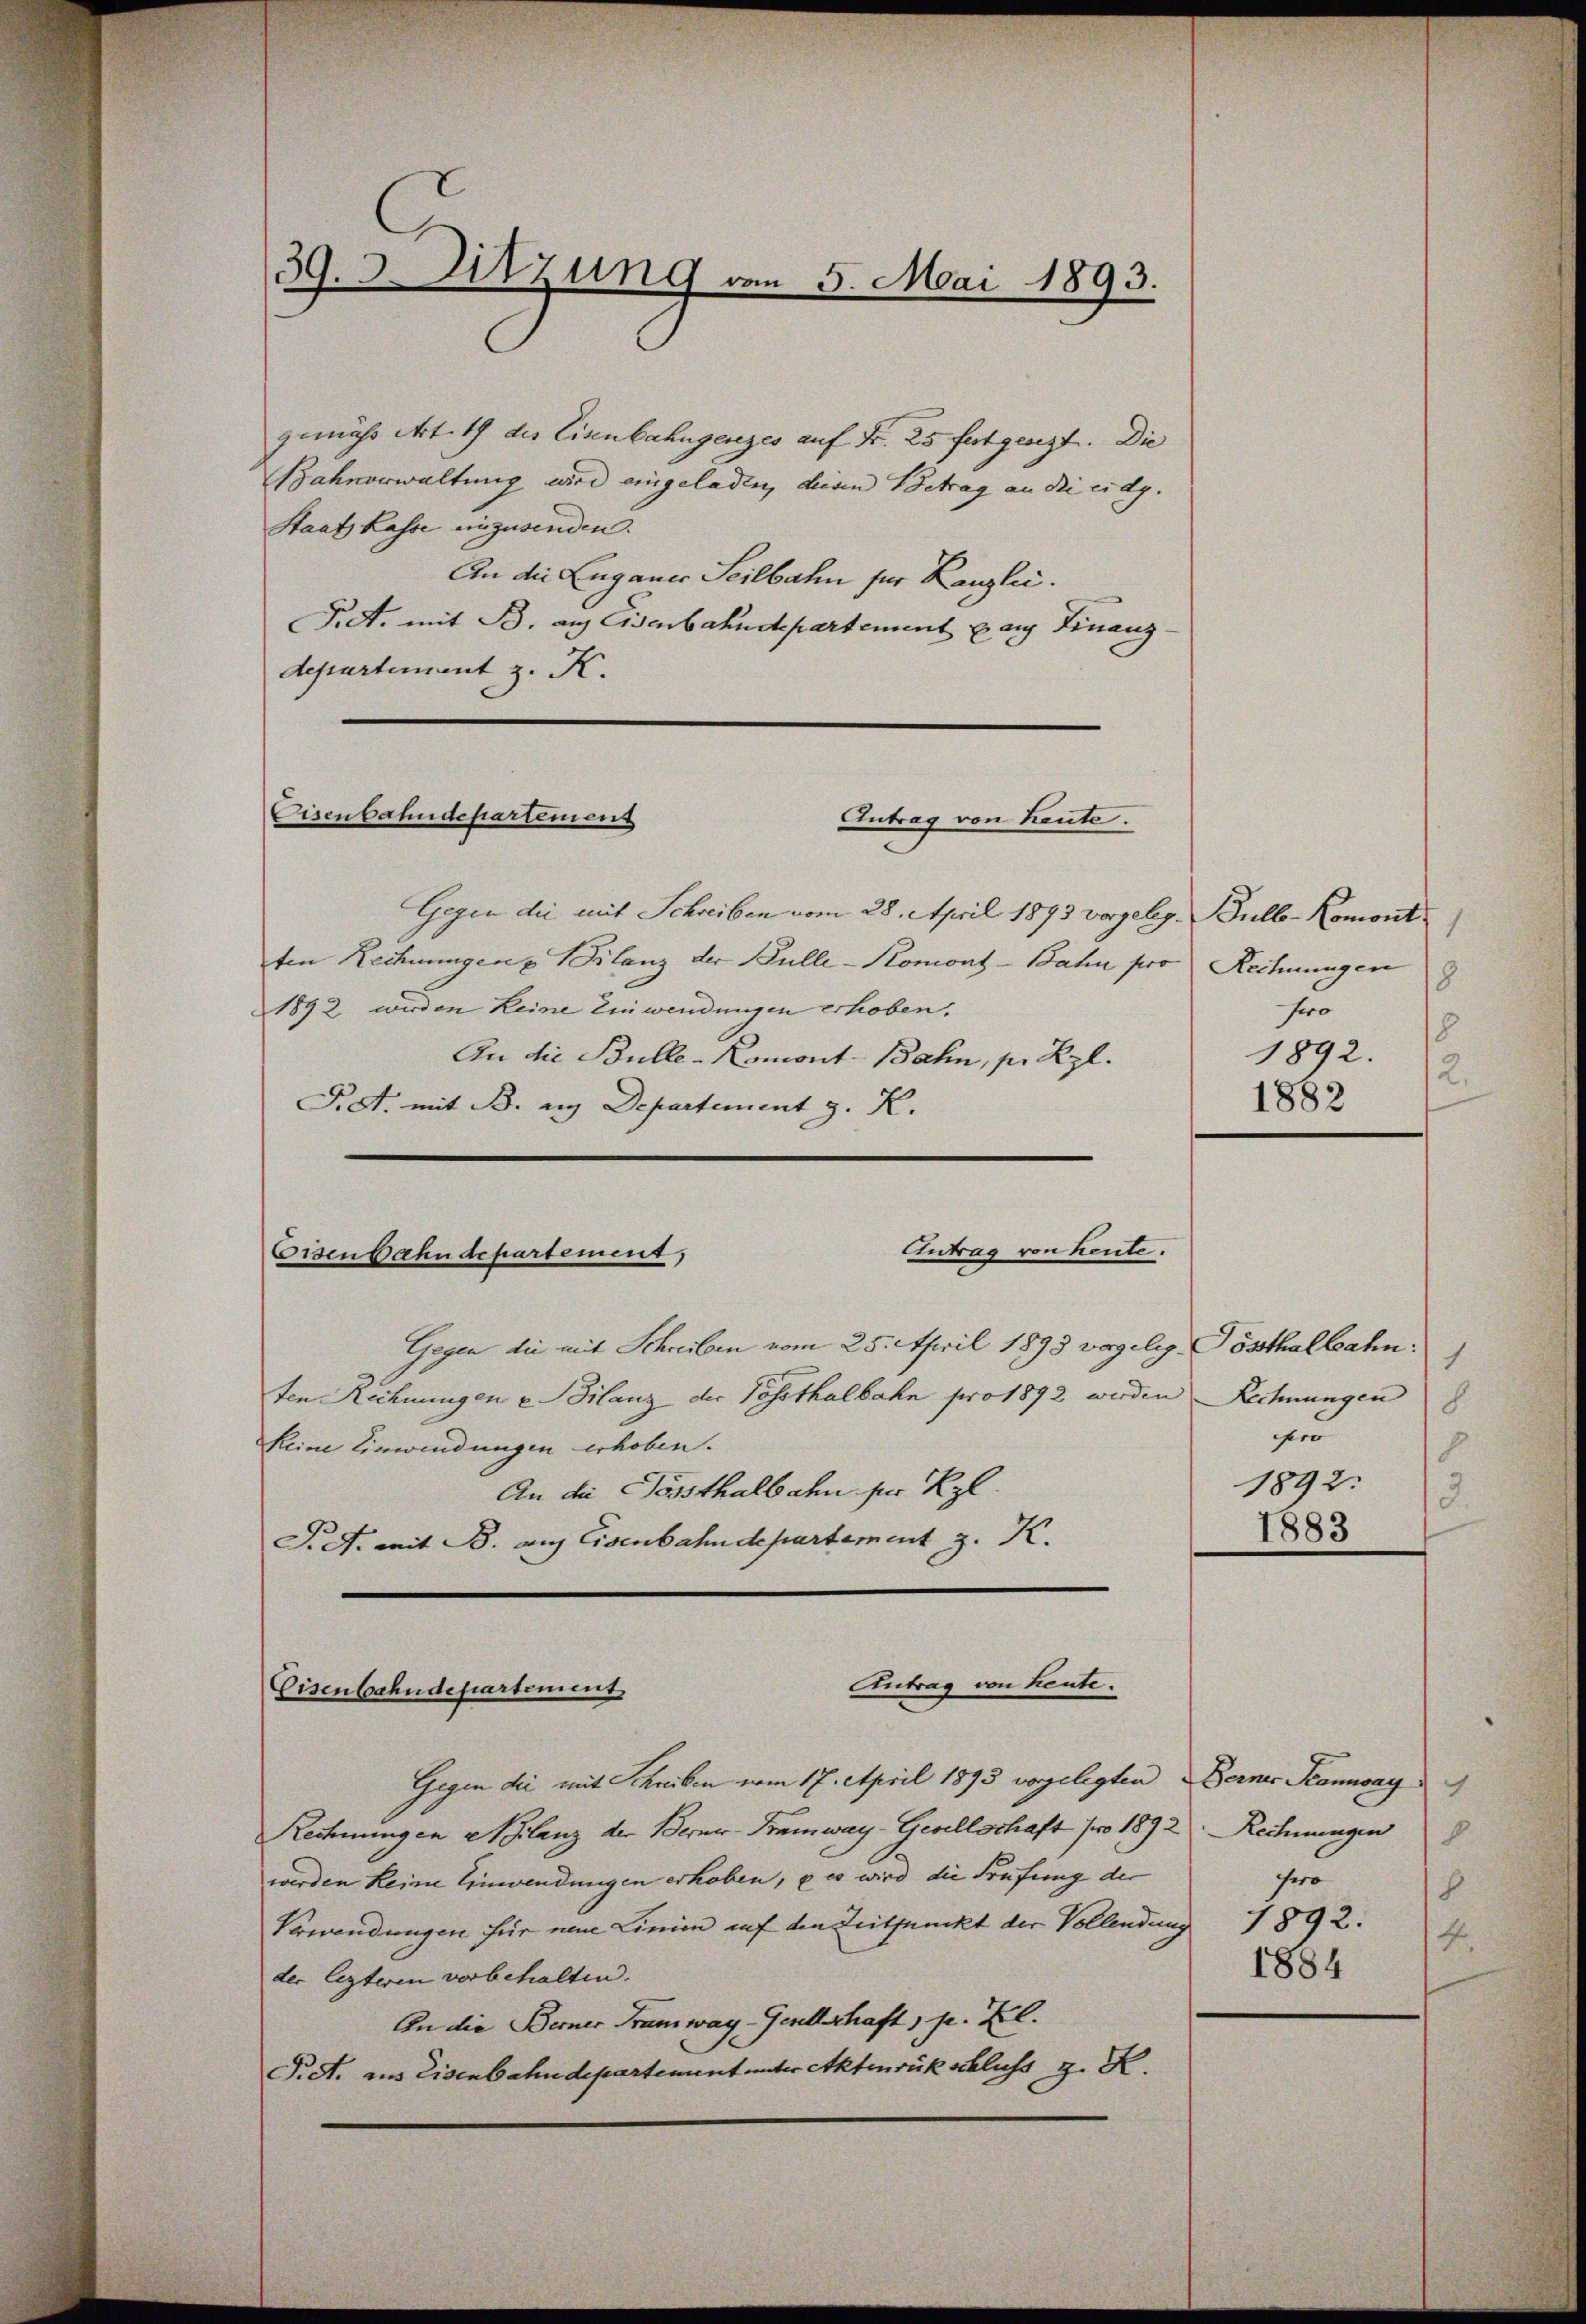
39. 3. Sitzung von 5. Mai 1893.

gemäss Art. 19 des Eisenbahngerzes auf Fr. 25 festgesezt. Die
Bahnerwaltung wird eingeladen, diesen Betrag an die eidg.
Staats Kasse einzusenden.
An die Zuganer Seilbahn für Kanzlei.
Frd. mit B. auf Eisenbahndepartement auf Finanz-
departement z. K.

Cisenbahndepartement
Antrag von Leute.

Gegen die mit Schreiben vom 28. April 1893 vorgeleg. Bulb-Komont.
ten Rechnungen u Bilanz der Bulle-Komont-Bahn pro Rechnungen
1892 werden keine Einwendungen erhoben.
An die Bulle-Komont-Bahn, pr Rzl.
P.S. mit B. ein Departement z. K.

Antrag von heute.
Eisenbahndepartement,

Gegen die mit Schreiben vom 25. April 1893 vogelig. Posthalbahn
ten Rechnungen u. Bilanz der Posthalbahn pro 1892 werden Rechnungen
keine Einwendungen erhoben.
An die Forsthalb den ser Kgl.
J. A. mit B. auf Eisenbahndepartement z. K.

Antrag von heute.
Eisenbahndepartement

Gegen die mit Schreiben vom 17. April 1893 vorgelegten Berner Kannsay
Rechnungen Aplanz der Berner-Tramway-Gesellschaft pro 1892. Rechnungen
werden keine Einwendungen erhoben, u es wird die Prüfung der
Verwendungen für neue Linien auf den Zeitpunkt der Vollendung 1892.
der lezteren vorbehalten.
An die Berner Tramway-Gesellschaft, pr. Frl.
P.S. aus Eisenbahndepartement unter Aktenrückschluss z. K.

1
18
Pro
8
1892.
2.
1882

1
8
epro
h
1892.
3.
1883

8.
fro
8
4.
1884